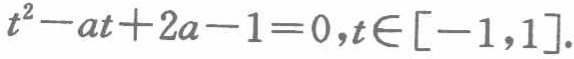
\(t^{2}-at + 2a - 1 = 0,t\in[-1,1]\)